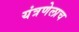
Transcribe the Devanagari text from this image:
यंत्रणेलाच